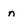
Character: n